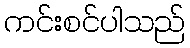
ကင်းစင်ပါသည်